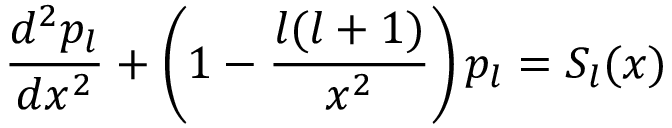
\frac { d ^ { 2 } p _ { l } } { d x ^ { 2 } } + \left( 1 - \frac { l ( l + 1 ) } { x ^ { 2 } } \right) p _ { l } = S _ { l } ( x )